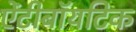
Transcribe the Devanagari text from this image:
ऐंटीबॉयटिक